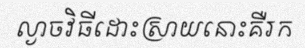
ល្ងាចវិធីដោះស្រាយនោះគឺរក